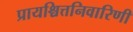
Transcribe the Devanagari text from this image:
प्रायश्चित्तनिवारिणी